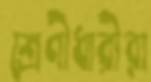
শ্রেণীধারীরা